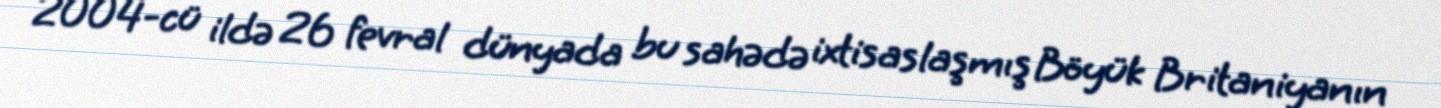
2004-cü ildə 26 fevral dünyada bu sahədə ixtisaslaşmış Böyük Britaniyanın